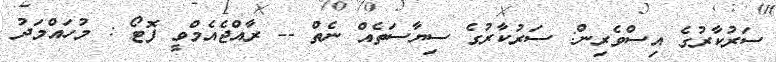
ސަރުކާރުގެ އިސްވެރިން: ސަރުކާރުގެ ސިޔާސަތެއް ނެތް -- ރާއްޖެއެމްވީ ފޮޓޯ : މުހައްމަދު